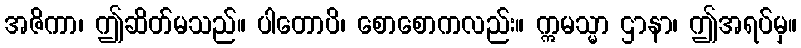
အဇိကာ၊ ဤဆိတ်မသည်။ ပါတောပိ၊ စောစောကလည်း။ ဣမသ္မာ ဌာနာ၊ ဤအရပ်မှ။